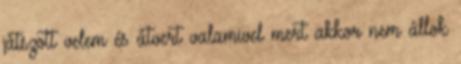
játszott velem és átvert valamivel mert akkor nem állok